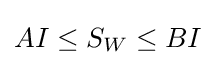
AI\leq S_{W}\leq BI